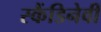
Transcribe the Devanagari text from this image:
स्कैंडिनेवी